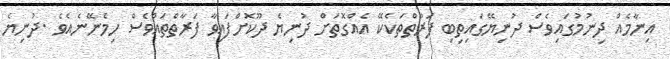
އިނާމެއް ދިނުމުގައިވެސް ދުނިޔޭގައިތިބި ފަރާތްތަކެކޭ އެއްގޮތަށް ދުނިޔެ ދޫކޮށްފައިވާ ފަރާތްތައްވެސް ހިމެނޭނެއެވެ .ދުނިޔެ